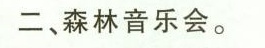
二、森林音乐会。